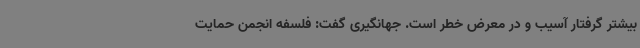
بیشتر گرفتار آسیب و در معرض خطر است. جهانگیری گفت: فلسفه انجمن حمایت